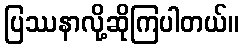
ပြဿနာလို့ဆိုကြပါတယ်။